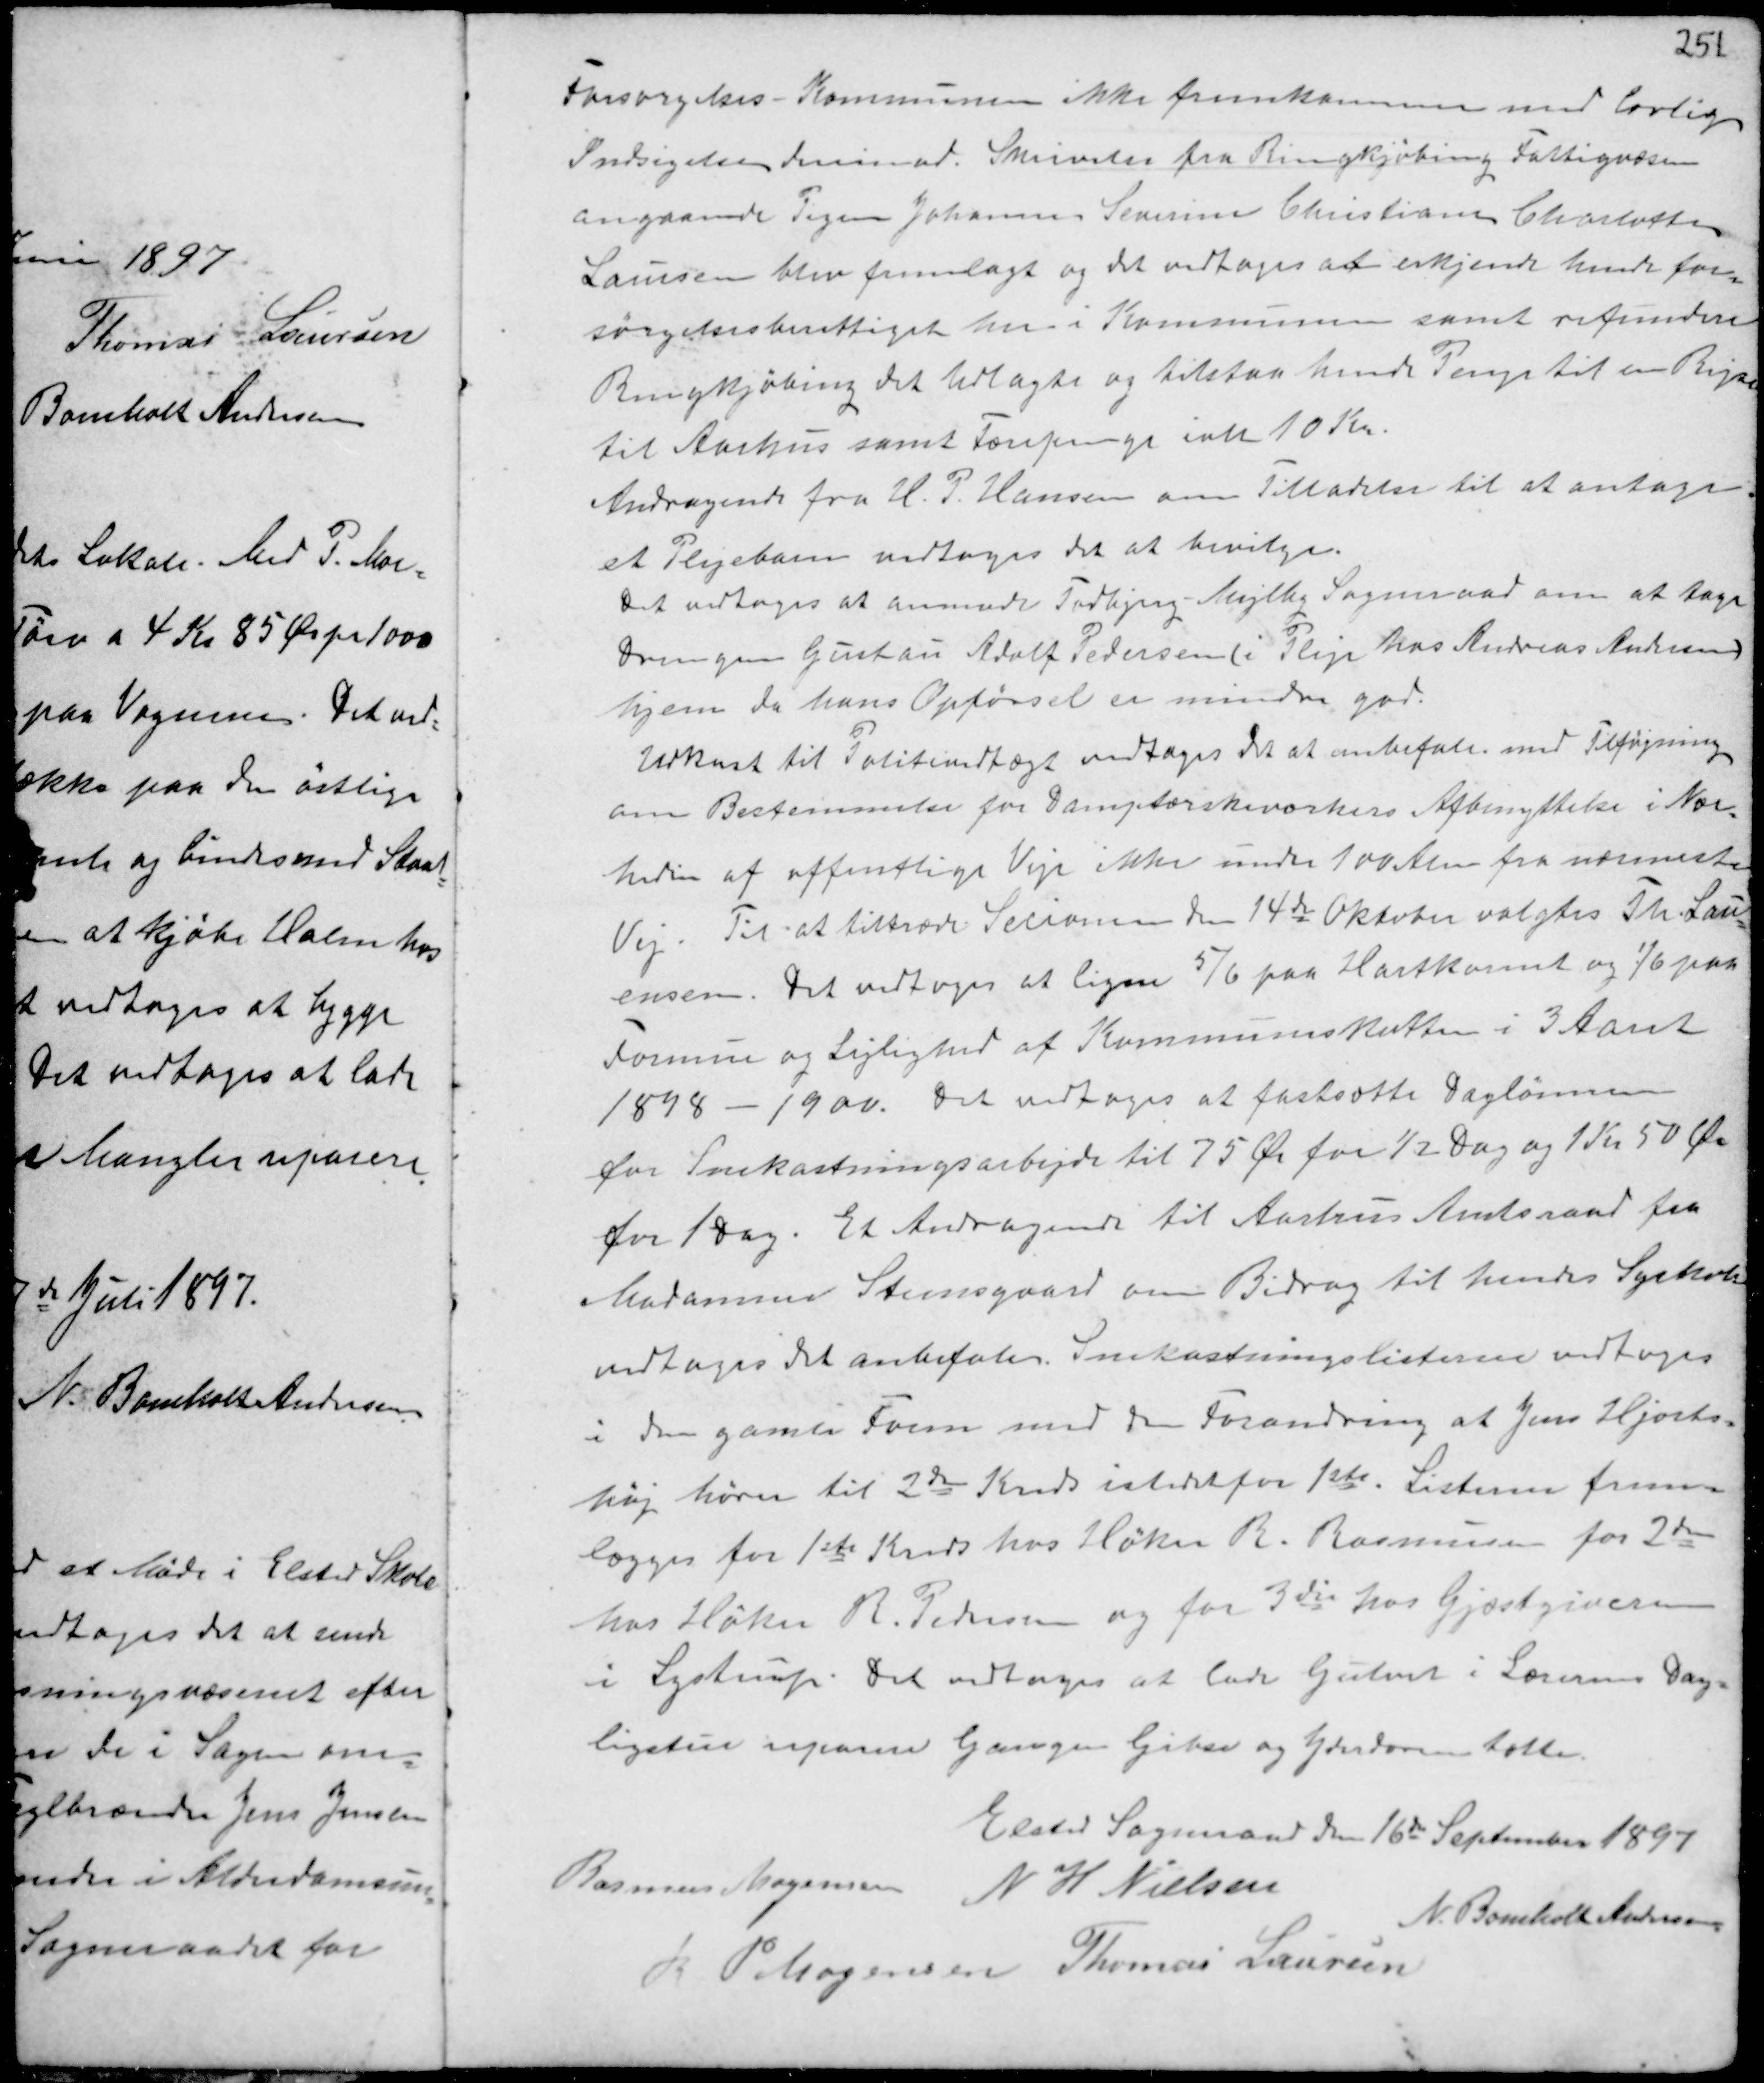
Transskription:
Forsørgelses - Kommunen ikke fremkommer med Lovlig
Indsigelse derimod. Skrivelse fra Ringkjøbing Fattigvæsen
angaaende Pigen Johanne Severine Christiane Chalotte
Laursen blev fremlagt og det vedtoges at erkjende hende for-
sørgelsesberettiget her i Kommunen samt refundere
Ringkjøbing det Udlagte og tilstaa hende Penge til en Rejse
til Aarhus samt Fænpenge ialt 10 Kr.
Andragende fra P. Hansen om Tilladelse til at antage
et Plejebarn vedtoges det at bevilge.
Det vedtoges at anmode Todbjerg - Mejlby Sogneraade om at tage
Drengen Gustau Adolf Pedersen (i Pleje hos Andreas Andersen)
hjem da hans Opførsel er mindre god.
Udkast til Politivedtægt vedtoges at anbefale med Tilføjning
om Bestemmelse for Damptærskevaskers Afbenyttelse i Nær-
heden af offentlige Veje ikke under 100 Alen fra nærmeste
Vej. Til at tiltræde Secionen den 14de Oktober valgtes Th Lau-
ersen. Det vedtoges at ligne 5/6 paa Hartkorn og 1/6 paa
Formue og Lejlighed af Kommuneskatten i 3 Aaret
1898 - 1900. Det vedtoges at fastsætte Daglønnen
for Snekastningsarbejde til 75 Ør for ½ Dag og 1 Kr 50 Ør
for 1 Dag. Et Andragende til Aarhus Amtsraad fra
Marianne Steensgaard om Bidrag til hendes Syskole
vedtoges det anbefales. Snekastningslisterne vedtoges
i den gamle Form med den Forandring at Jens Hjorts-
høj hører til 2den Kreds istedetfor 1ste. Listerne frem-
lægges for 1ste Kreds hos Høker R. Rasmussen for 2den
hos Høker R. Pedersen og for 3die hos Gjæstgiveren
i Lystrup. Det vedtoges at lade Gulvet i Lærerens Dag-
ligstue reparere Gangen Gibse og Jerndøren tætte.

Elsted Sogneraad den 16de September 1897
Rasmus Mogensen N H Nielsen
N. Bomholt Andersen
R P Mogensen Thomas Laursen